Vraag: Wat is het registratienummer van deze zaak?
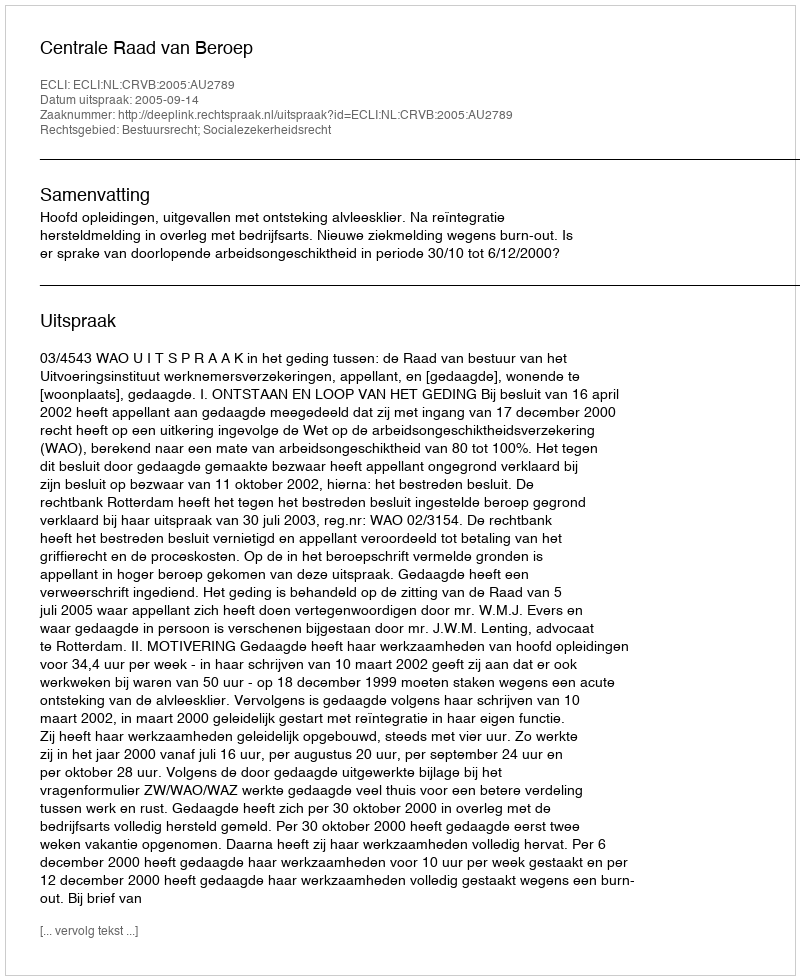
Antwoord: http://deeplink.rechtspraak.nl/uitspraak?id=ECLI:NL:CRVB:2005:AU2789